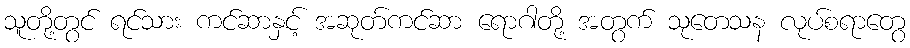
သူတို့တွင် ရင်သား ကင်ဆာနှင့် အဆုတ်ကင်ဆာ ရောဂါတို့ အတွက် သုတေသန လုပ်စရာတွေ